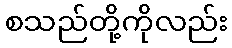
စသည်တို့ကိုလည်း